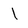
Character: 1